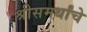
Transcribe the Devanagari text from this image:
श्रीसमर्थांचे